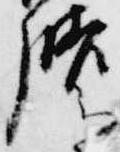
膳